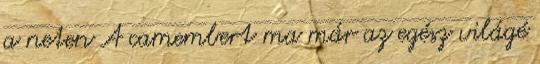
a neten A camembert ma már az egész világé